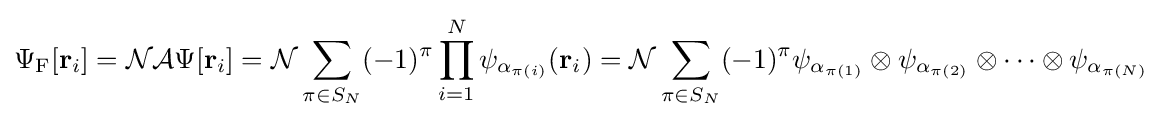
\Psi _{\rm {F}}[\mathbf {r} _{i}]={\mathcal {N}}{\mathcal {A}}\Psi [\mathbf {r} _{i}]={\mathcal {N}}\sum _{\pi \in S_{N}}(-1)^{\pi }\prod _{i=1}^{N}\psi _{\alpha _{\pi (i)}}(\mathbf {r} _{i})={\mathcal {N}}\sum _{\pi \in S_{N}}(-1)^{\pi }\psi _{\alpha _{\pi (1)}}\otimes \psi _{\alpha _{\pi (2)}}\otimes \cdots \otimes \psi _{\alpha _{\pi (N)}}